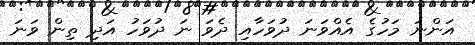
އަންނަ މަހުގެ އެއްވަނަ ދުވަހާއި ދެވަ ނަ ދުވަހު އަދި ތިން ވަނަ